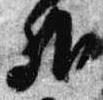
外